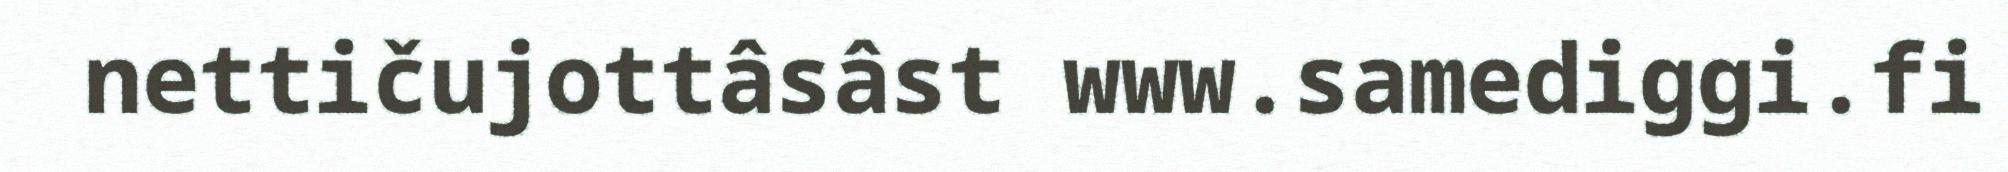
nettičujottâsâst www.samediggi.fi